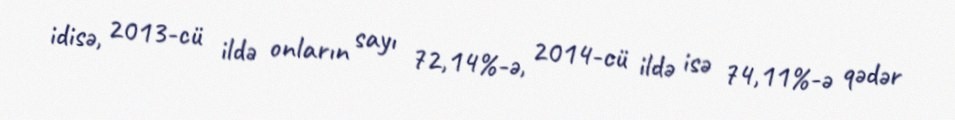
idisə, 2013-cü ildə onların sayı 72,14%-ə, 2014-cü ildə isə 74,11%-ə qədər